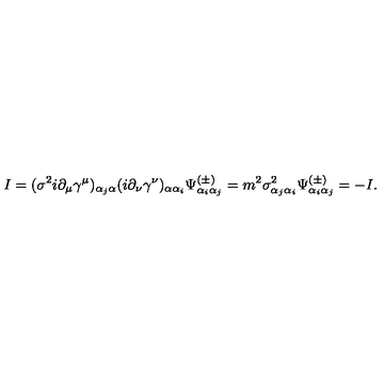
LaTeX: I = ( \sigma ^ { 2 } i \partial _ { \mu } \gamma ^ { \mu } ) _ { \alpha _ { j } \alpha } ( i \partial _ { \nu } \gamma ^ { \nu } ) _ { \alpha \alpha _ { i } } \Psi _ { \alpha _ { i } \alpha _ { j } } ^ { ( \pm ) } = m ^ { 2 } \sigma _ { \alpha _ { j } \alpha _ { i } } ^ { 2 } \Psi _ { \alpha _ { i } \alpha _ { j } } ^ { ( \pm ) } = - I .